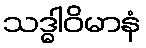
သဒ္ဓါဝိမာနံ